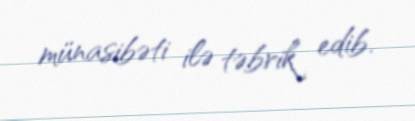
münasibəti ilə təbrik edib.